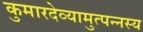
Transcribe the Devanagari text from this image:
कुमारदेव्यामुत्पन्नस्य